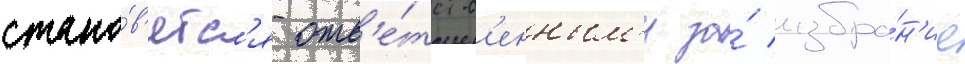
стано́в'ятс'я отв'е́тств'енным'и за́ избра́н'ие